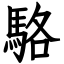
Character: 駱